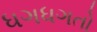
ધગધગતો